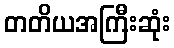
တတိယအကြီးဆုံး